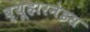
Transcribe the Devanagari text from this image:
ब्यूहारनेइस